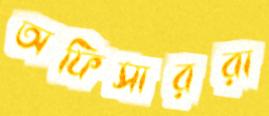
অফিসাররা